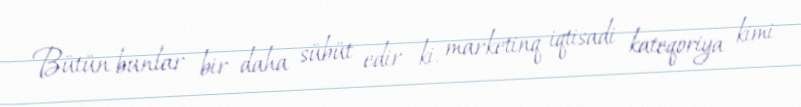
Bütün bunlar bir daha sübüt edir ki, marketinq iqtisadi kateqoriya kimi